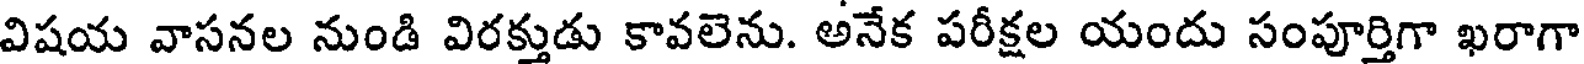
విషయ వాసనల నుండి విరక్తుడు కావలెను. అనేక పరీక్షల యందు సంపూర్తిగా ఖరాగా